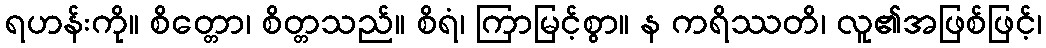
ရဟန်းကို။ စိတ္တော၊ စိတ္တသည်။ စိရံ၊ ကြာမြင့်စွာ။ န ကရိဿတိ၊ လူ၏အဖြစ်ဖြင့်၊